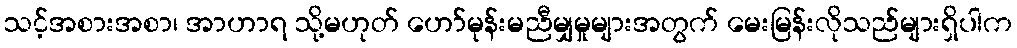
သင့်အစားအစာ၊ အာဟာရ သို့မဟုတ် ဟော်မုန်းမညီမျှမှုများအတွက် မေးမြန်းလိုသည်များရှိပါက